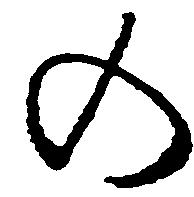
の